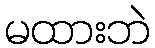
မထားဘဲ